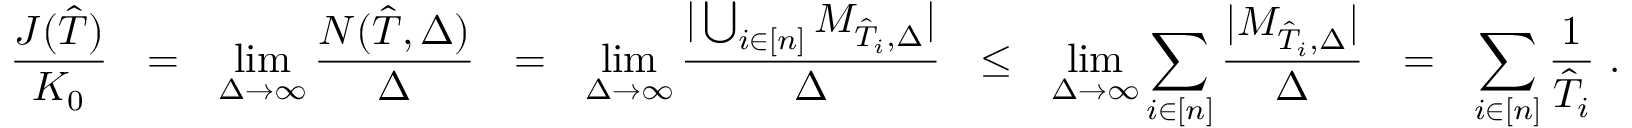
\frac { J ( \hat { T } ) } { K _ { 0 } } ~ ~ = ~ ~ \operatorname* { l i m } _ { \Delta \to \infty } \frac { N ( \hat { T } , \Delta ) } { \Delta } ~ ~ = ~ ~ \operatorname* { l i m } _ { \Delta \to \infty } \frac { | \bigcup _ { i \in [ n ] } { \cal M } _ { \hat { T } _ { i } , \Delta } | } { \Delta } ~ ~ \leq ~ ~ \operatorname* { l i m } _ { \Delta \to \infty } \sum _ { i \in [ n ] } \frac { | { \cal M } _ { \hat { T } _ { i } , \Delta } | } { \Delta } ~ ~ = ~ ~ \sum _ { i \in [ n ] } \frac { 1 } { \hat { T } _ { i } } \ .